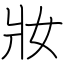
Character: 妝